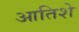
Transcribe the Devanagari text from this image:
आतिशे